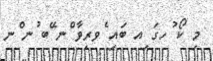
މި ކޯ ުހގަ ިއ ބައި ެވރިވާ ްނ ޭބ ުނ ްނ